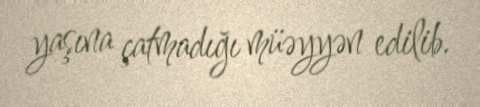
yaşına çatmadığı müəyyən edilib.